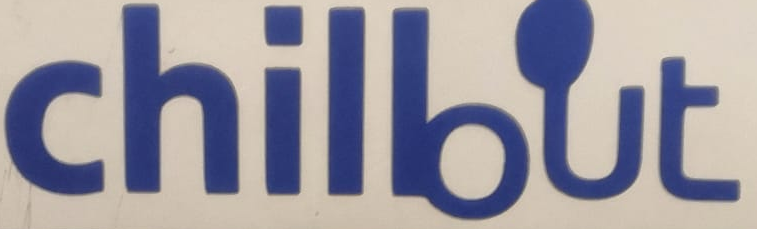
chillout